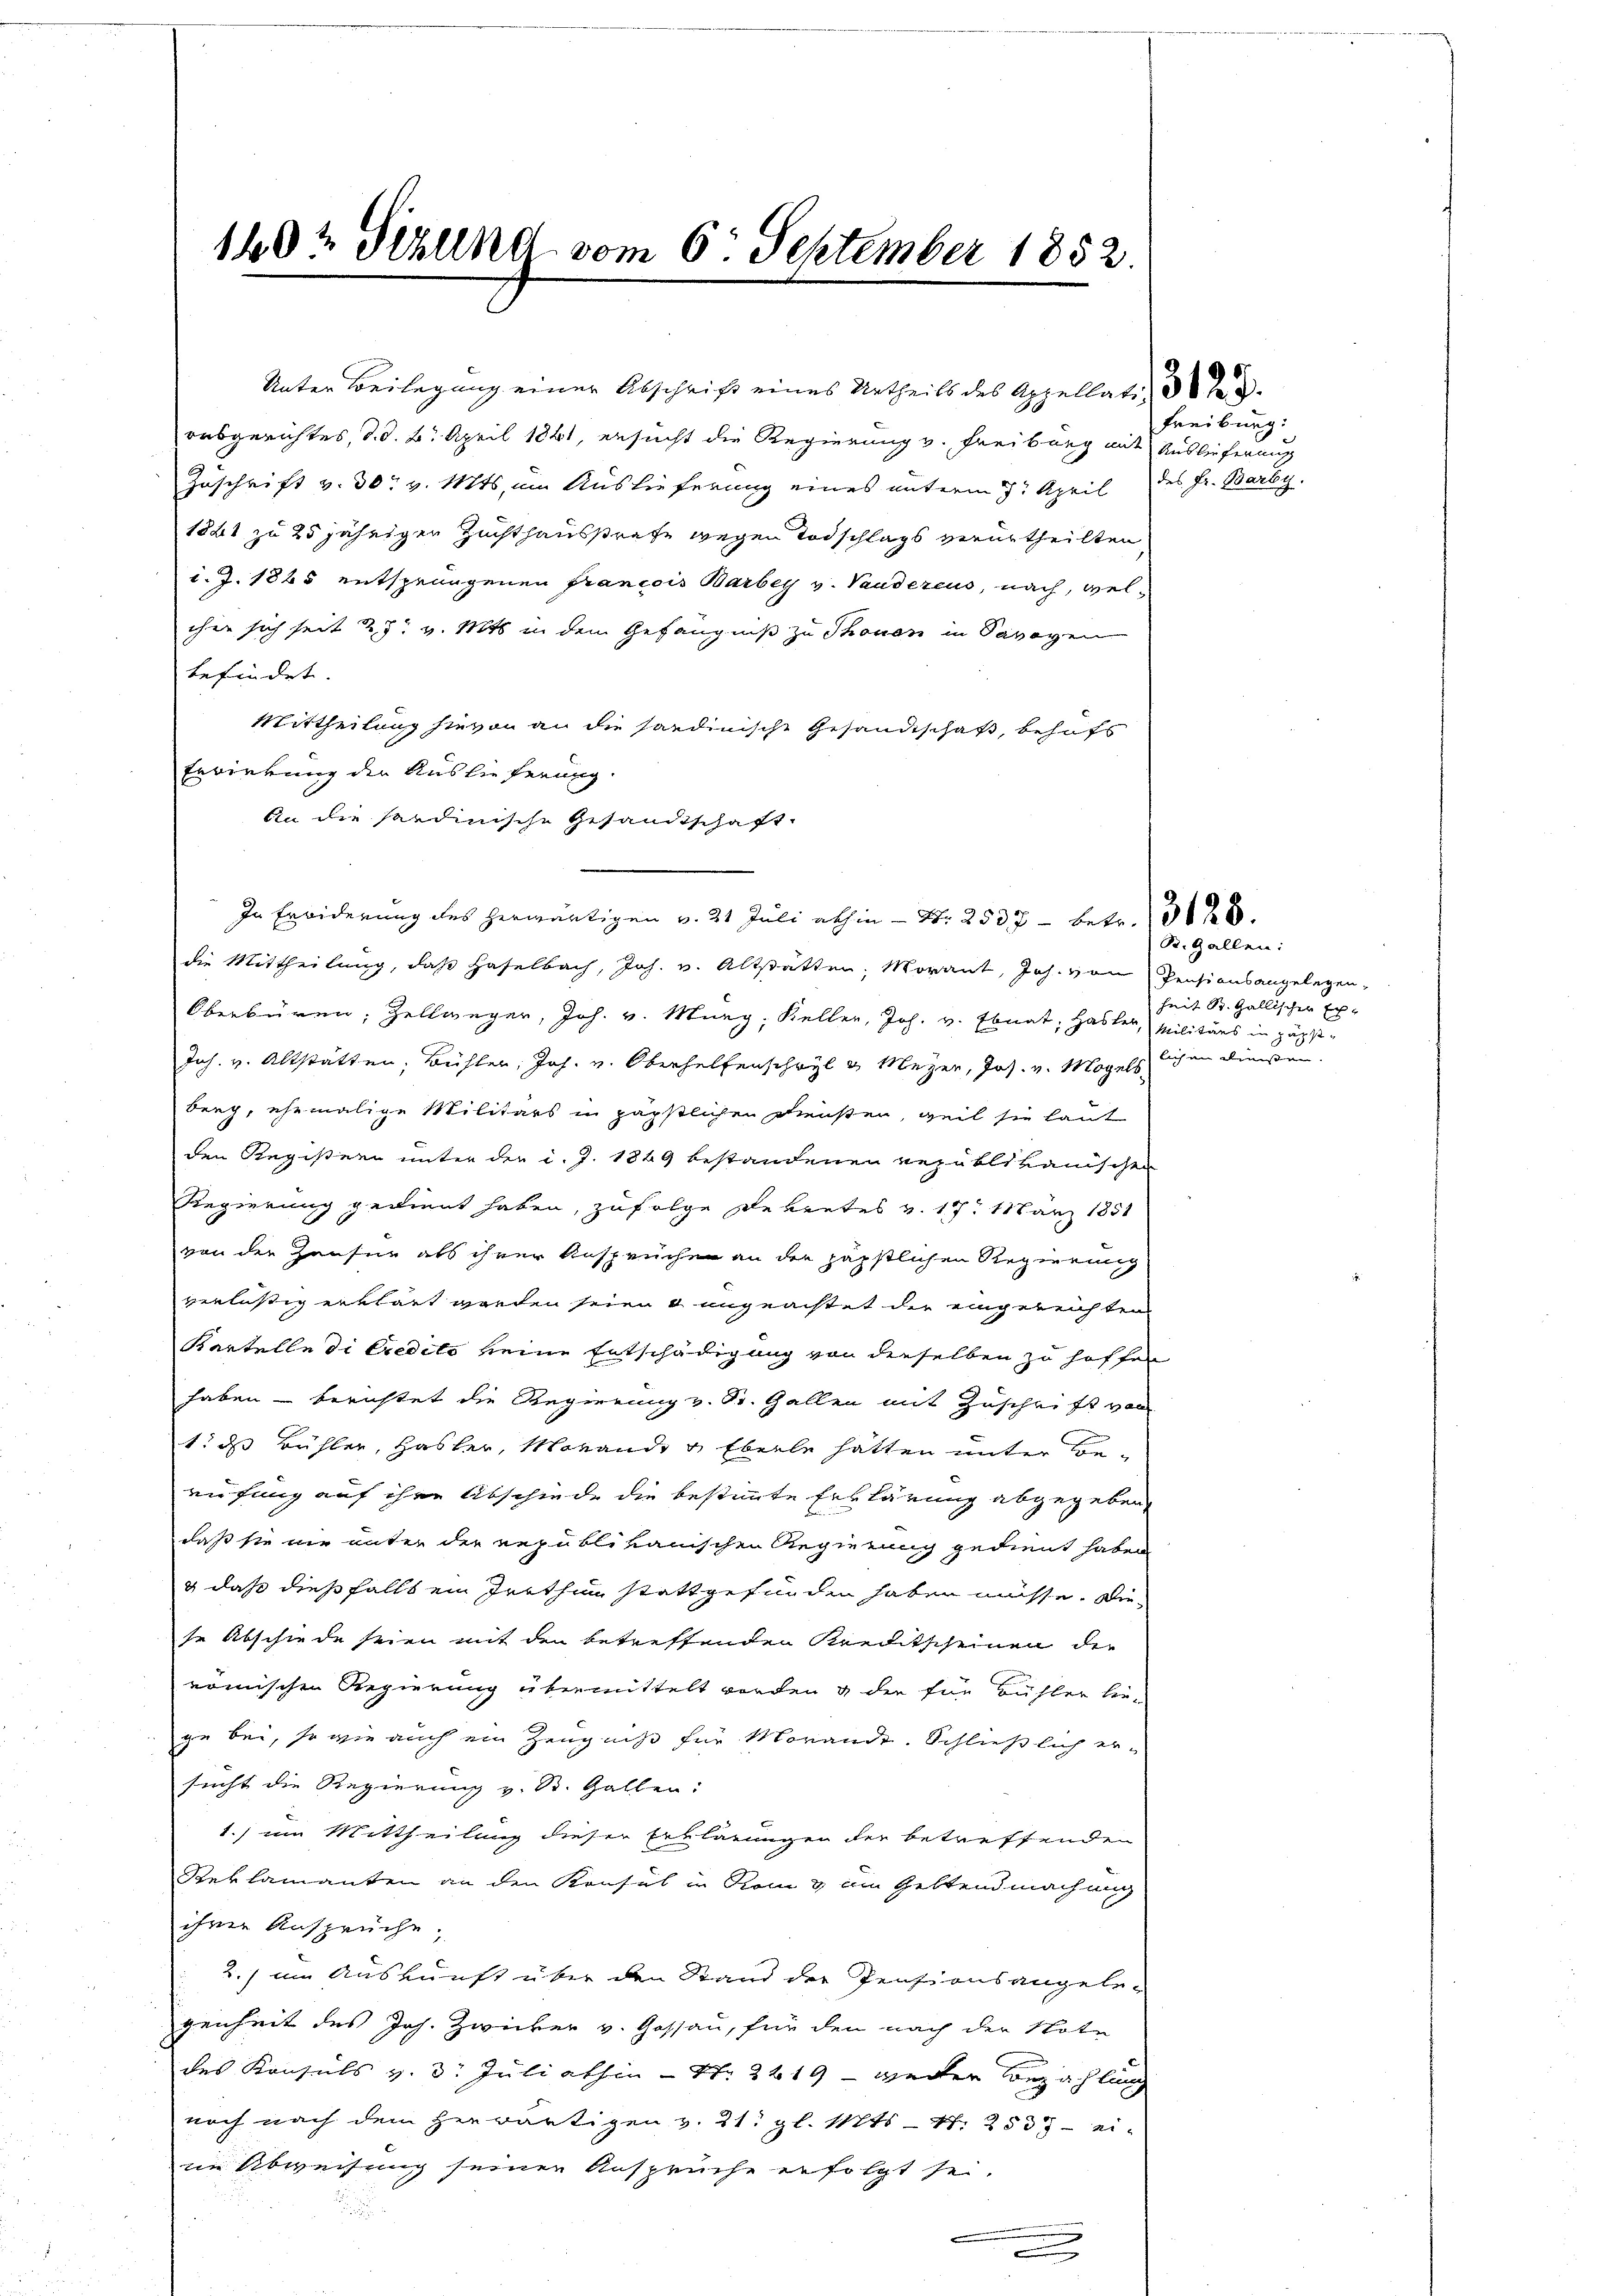
Unter Beilegung einer Abschrift eines Urtheils des Appellati
ausgerichtes, d. d. 6. April 1841, ersucht die Regierung v. Freiburg mit Auslieferung
Zuschrift v. 30. v. Mts. um Auslieferung eines unterm 7. April des Fr. Barby.
18ht zu 25 jährigen Zuchthausstrafe wegen Todschlags verurtheilten
i. J. 1865 entsprungenen Francois Barbey v. Vauderius, nach, welcher sich seit 27. v. Mts in dem Gefängniß zu Thonen in Savoyen
befindet. |
Mittheilung hievon an die sardinische Gesandtschaft, behufs
Erwirkung der Auslieferung.
An die Sardinische Gesandtschaft
In Erbiderung des herwärtigen v. 31 Juli abhin - St. 253, 7 betr.
die Mittheilung, daß Haselbach, Joh. v. Altstätten, Morant, Joh. von Pensionsangelegen-
Oberbüren, Zellweger, Joh. v. Murg, Keller, Joh. v. Ebnat, Hasler, Militärs in päpst-
Joh. v. Altstätten, Bühler, Joh. v. Oberhelfenschwyl u. Meyer, Jos. v. Mögels
berg, ehemalige Militärs in päpstlichen Diensten, weil sie laut
den Registern unter der d. J. 1849 bestandenen Republikanischen
Regierung gedient haben, zufolge Rekretes v. 19. März 1851
von der Häuser als ihrer Ansprüchen an der päpstlichen Regierung
verläßig erklärt worden seien & ungeachtet der eingereichten
Kartelle di credito keine Entschädigung von derselben zu hoffen
haben berichtet die Regierung v. St. Gallen mit Zuschrift von
t: das Bühler, Hasler, Morande u Eberle hatten unter Berufung auf ihre Abschiede die bestimmte Erklärung abgegeben,
daß sie nie unter der republikanischen Regierung gedient haben
g daß dießfalls ein Irrthin stattgefunden haben müsse. Die
se Abschiede seien mit den betreffenden Kreitscheinen der
römischen Regierung übermittelt worden & der für Bühler lie-
ge bei, so wie auch ein Zeugniß für Morande. Schließlich er-
sucht die Regierung v. St. Gallen:
1.) um Mittheilung dieser Erklärungen der betreffenden
Reklamanten an den Konsul in Rom & am Geltendmachung
ihrer Ansprüche;
2.) im Auskunft über den Stand der Pensionsangelegenheit des Joh. Zwicker v. Gossau, für den nach der Note
des Konsuls v. 3. Juliathin - Nr. 2619 - weiter Bezahlung
noch nach dem herwärtigen v. 21. gl. Mts. - 47. 2535 - ei-
im Abweisung seiner Ansprüche erfolgt sei.
d
.
.

1402 Sizung vom 6. September 1852.

i

Freiburg:

R. Gallen:
heit St. Gallischer Exlich an diesen.